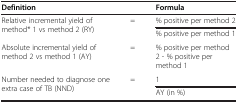
| Definition |  | Formula |
 | --- | --- | --- |
 | Relative incremental yield of method* 1 vs method 2 (RY) | = | % positive per method 2 |
 |  |  | % positive per method 1 |
 | Absolute incremental yield of method 2 vs method 1 (AY) | = | % positive per method 2 - % positive per method 1 |
 | Number needed to diagnose one extra case of TB (NND) | = | 1 |
 |  |  | AY (in %) |